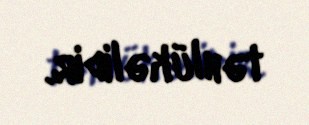
təhlükəlidir.